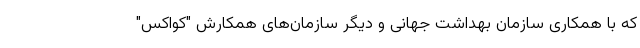
که با همکاری سازمان بهداشت جهانی و دیگر سازمان‌های همکارش "کواکس"